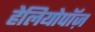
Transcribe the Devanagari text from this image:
हेलियोपॉज़